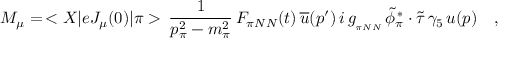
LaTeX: { \cal M } _ { \mu } = \, < X | e J _ { \mu } ( 0 ) | \pi > \, \frac { 1 } { p _ { \pi } ^ { 2 } - m _ { \pi } ^ { 2 } } \, F _ { \pi N N } ( t ) \, \overline { { u } } ( p ^ { \prime } ) \, i \, g _ { _ { \pi N N } } \, \widetilde \phi _ { \pi } ^ { \, * } \cdot \widetilde \tau \, \gamma _ { 5 } \, u ( p ) \ \ \ ,